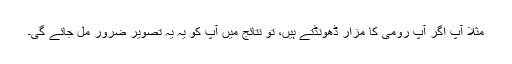
مثلاً آپ اگر آپ رومی کا مزار ڈھونڈتے ہیں، تو نتائج میں آپ کو یہ یہ تصویر ضرور مل جائے گی۔